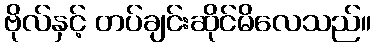
ဗိုလ်နှင့် တပ်ချင်းဆိုင်မိလေသည်။